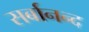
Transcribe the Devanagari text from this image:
सर्बानन्द